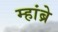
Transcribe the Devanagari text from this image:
म्हांब्रे